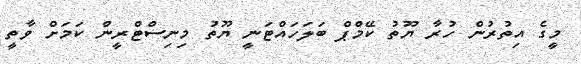
މީގެ އިތުރުން ހުރާ ޔޫތު ކޭމްޕް ބަލަހައްޓަނީ ޔޫތު މިނިސްޓްރީން ކަމަށް ވާތީ